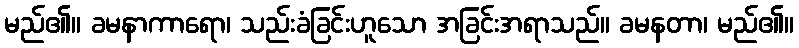
မည်၏။ ခမနာကာရော၊ သည်းခံခြင်းဟူသော အခြင်းအရာသည်။ ခမနတာ၊ မည်၏။